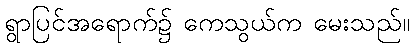
ရွာပြင်အရောက်၌ ကေသွယ်က မေးသည်။